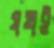
যখই